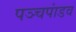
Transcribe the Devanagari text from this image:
पञ्चपांडव